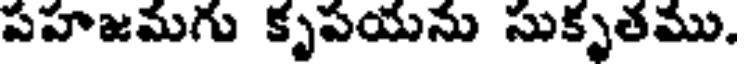
పహజమగు కృపయను సుకృతము.